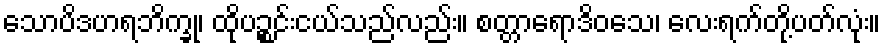
သောပိဒဟရဘိက္ခု၊ ထိုပဉ္စင်းငယ်သည်လည်း။ စတ္တာရောဒိဝသေ၊ လေးရက်တို့ပတ်လုံး။